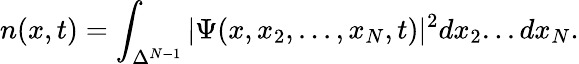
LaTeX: n(x,t)=\int_{\Delta^{N-1}}|\Psi(x,x_{2},...,x_{N},t)|^{2}dx_{2}...dx_{N}.